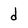
Character: d